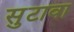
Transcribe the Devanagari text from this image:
सुटावा